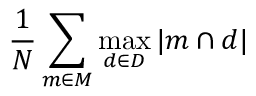
{ \frac { 1 } { N } } \sum _ { m \in M } \operatorname* { m a x } _ { d \in D } { | m \cap d | }